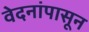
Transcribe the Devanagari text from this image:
वेदनांपासून